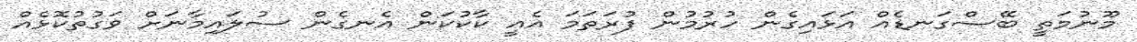
މޫނުމަތީ ބޭސްގަނޑެއް އަޅައިގެން ހުރުމުން ފުރަތަމަ އެއީ ކާކުކަން އެނގެން ސުލައިމާނަށް ވަގުތުކޮޅެއް